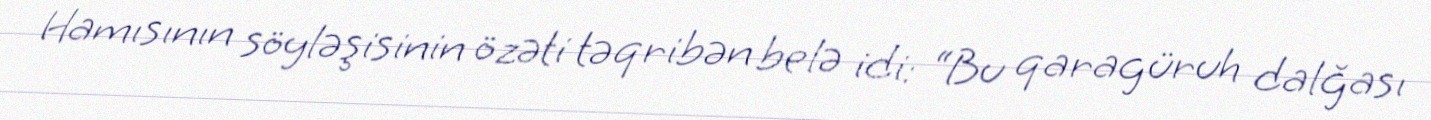
Hamısının söyləşisinin özəti təqribən belə idi: “Bu qaragüruh dalğası